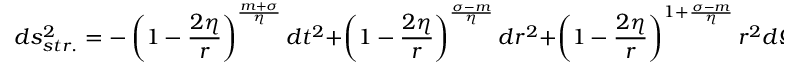
d s _ { s t r . } ^ { 2 } = - \left( 1 - \frac { 2 \eta } { r } \right) ^ { \frac { m + \sigma } { \eta } } d t ^ { 2 } + \left( 1 - \frac { 2 \eta } { r } \right) ^ { \frac { \sigma - m } { \eta } } d r ^ { 2 } + \left( 1 - \frac { 2 \eta } { r } \right) ^ { 1 + \frac { \sigma - m } { \eta } } r ^ { 2 } d \Omega ^ { 2 }